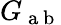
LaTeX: G_{\mathrm{~a~b~}}